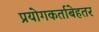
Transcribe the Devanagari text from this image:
प्रयोगकर्ताबेहतर